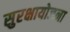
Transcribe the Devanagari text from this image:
सुरक्षायोजना